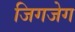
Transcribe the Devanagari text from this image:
जिगजेग